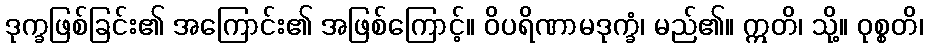
ဒုက္ခဖြစ်ခြင်း၏ အကြောင်း၏ အဖြစ်ကြောင့်။ ဝိပရိဏာမဒုက္ခံ၊ မည်၏။ ဣတိ၊ သို့။ ဝုစ္စတိ၊